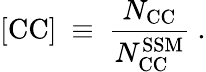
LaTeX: \mathrm{[CC]}~\equiv~\frac{N_{\mathrm{CC}}}{N_{\mathrm{CC}}^{\mathrm{SSM}}}~.